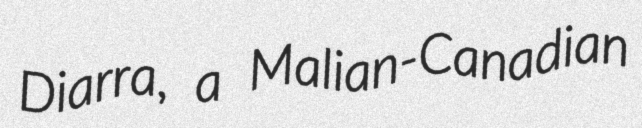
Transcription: Diarra, a Malian-Canadian